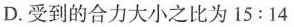
D.受到的合力大小之比为$$15:14$$